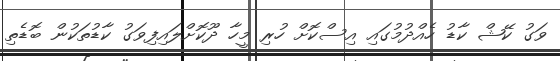
ވަގު ކޭޝް ކާޑު ހެއްދުމުގައި އިސްކޮށް ހުރި މީހާ ދޫކޮށްލައިފިވަގު ކާޑުތަކުން ބޮޑެތި